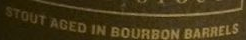
STOUT AGED IN BOURBON BARRELS